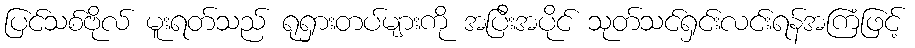
ပြင်သစ်ဗိုလ် မူးရတ်သည် ရုရှားတပ်များကို အပြီးအပိုင် သုတ်သင်ရှင်းလင်းရန်အကြံဖြင့်